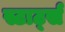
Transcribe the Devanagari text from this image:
स्टार्ट्स